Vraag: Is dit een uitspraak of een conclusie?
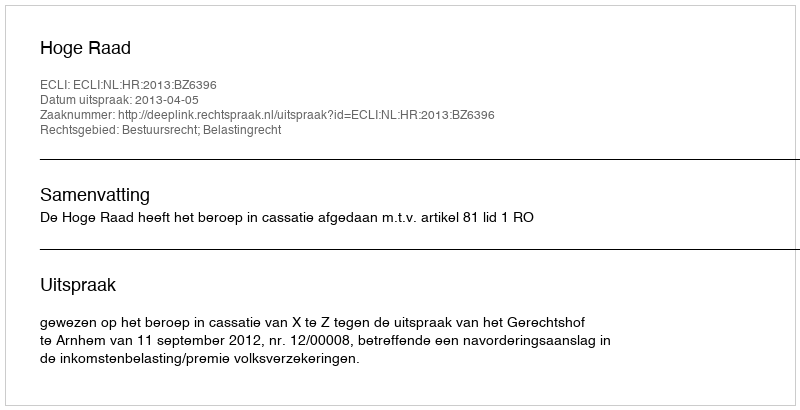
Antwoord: Uitspraak